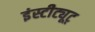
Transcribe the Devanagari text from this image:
इंस्टीट्यूट्